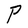
Character: P